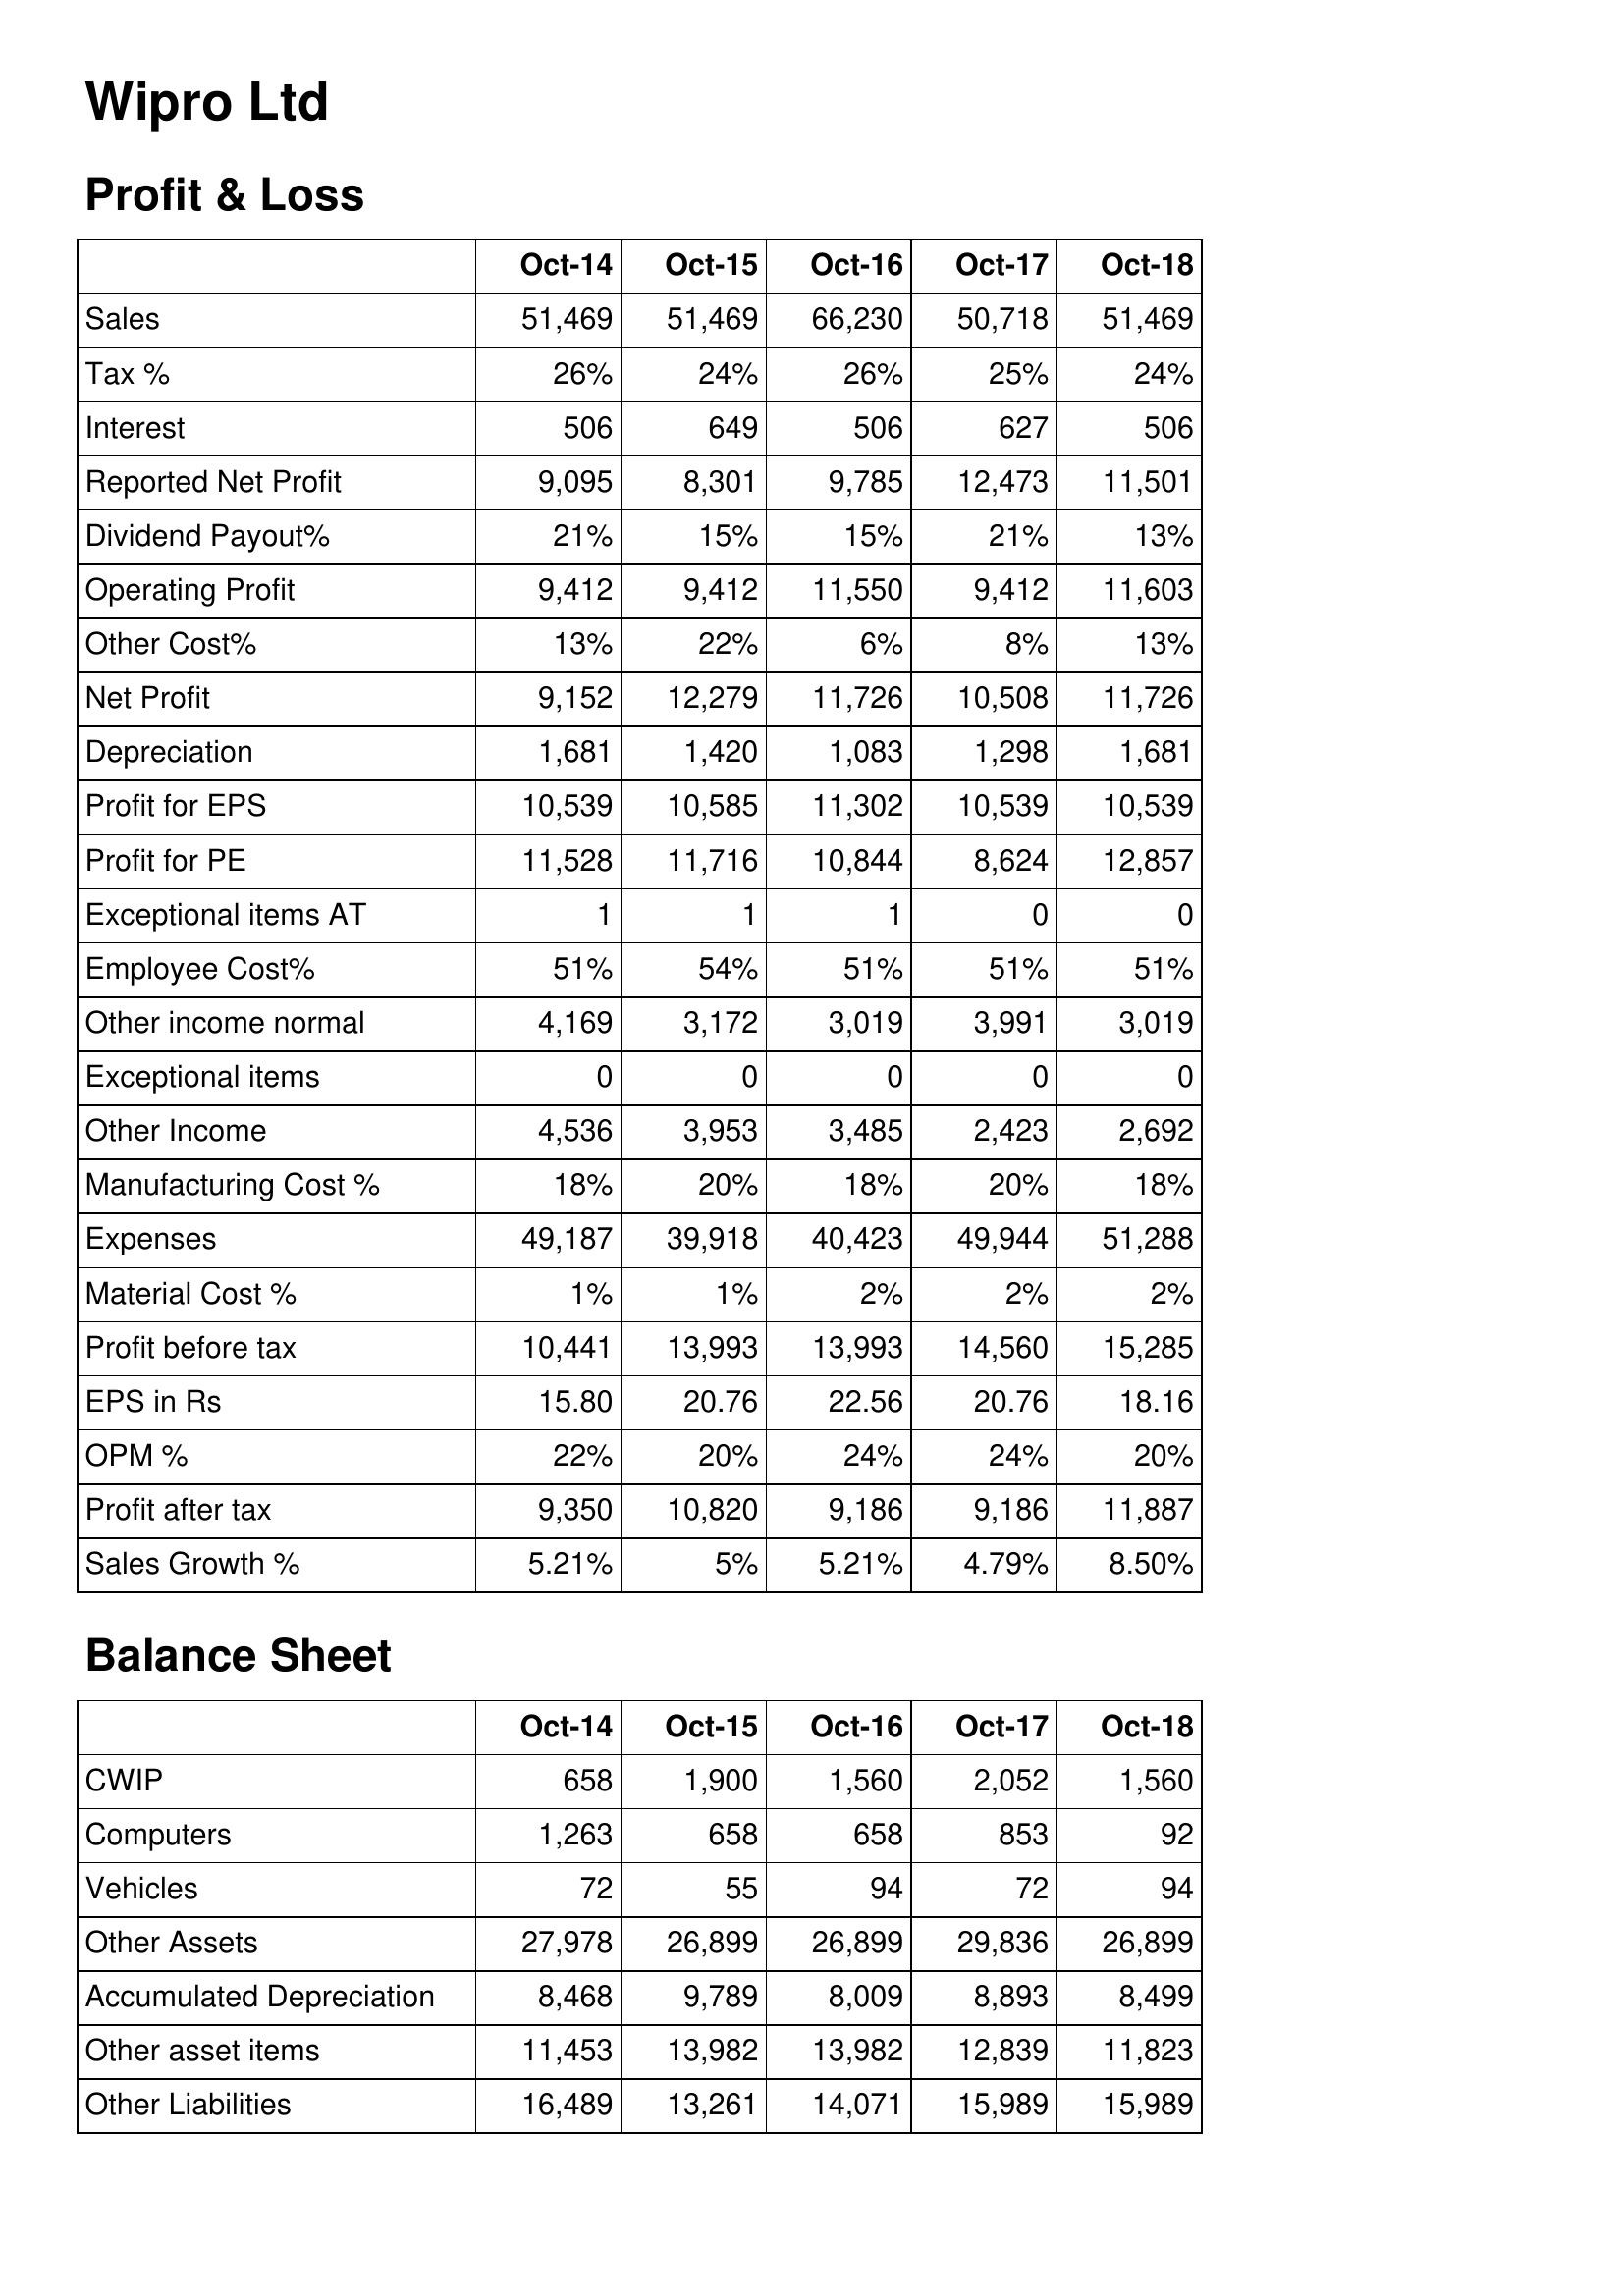
Oct-14: Profit & Loss: Sales: 51,469
Tax %: 26%
Interest: 506
Reported Net Profit: 9,095
Dividend Payout%: 21%
Operating Profit: 9,412
Other Cost%: 13%
Net Profit: 9,152
Depreciation: 1,681
Profit for EPS: 10,539
Profit for PE: 11,528
Exceptional items AT: 1
Employee Cost%: 51%
Other income normal: 4,169
Exceptional items: 0
Other Income: 4,536
Manufacturing Cost %: 18%
Expenses: 49,187
Material Cost %: 1%
Profit before tax: 10,441
EPS in Rs: 15.80
OPM %: 22%
Profit after tax: 9,350
Sales Growth %: 5.21%
Balance Sheet: CWIP: 658
Computers: 1,263
Vehicles: 72
Other Assets: 27,978
Accumulated Depreciation: 8,468
Other asset items: 11,453
Other Liabilities: 16,489
Oct-15: Profit & Loss: Sales: 51,469
Tax %: 24%
Interest: 649
Reported Net Profit: 8,301
Dividend Payout%: 15%
Operating Profit: 9,412
Other Cost%: 22%
Net Profit: 12,279
Depreciation: 1,420
Profit for EPS: 10,585
Profit for PE: 11,716
Exceptional items AT: 1
Employee Cost%: 54%
Other income normal: 3,172
Exceptional items: 0
Other Income: 3,953
Manufacturing Cost %: 20%
Expenses: 39,918
Material Cost %: 1%
Profit before tax: 13,993
EPS in Rs: 20.76
OPM %: 20%
Profit after tax: 10,820
Sales Growth %: 5%
Balance Sheet: CWIP: 1,900
Computers: 658
Vehicles: 55
Other Assets: 26,899
Accumulated Depreciation: 9,789
Other asset items: 13,982
Other Liabilities: 13,261
Oct-16: Profit & Loss: Sales: 66,230
Tax %: 26%
Interest: 506
Reported Net Profit: 9,785
Dividend Payout%: 15%
Operating Profit: 11,550
Other Cost%: 6%
Net Profit: 11,726
Depreciation: 1,083
Profit for EPS: 11,302
Profit for PE: 10,844
Exceptional items AT: 1
Employee Cost%: 51%
Other income normal: 3,019
Exceptional items: 0
Other Income: 3,485
Manufacturing Cost %: 18%
Expenses: 40,423
Material Cost %: 2%
Profit before tax: 13,993
EPS in Rs: 22.56
OPM %: 24%
Profit after tax: 9,186
Sales Growth %: 5.21%
Balance Sheet: CWIP: 1,560
Computers: 658
Vehicles: 94
Other Assets: 26,899
Accumulated Depreciation: 8,009
Other asset items: 13,982
Other Liabilities: 14,071
Oct-17: Profit & Loss: Sales: 50,718
Tax %: 25%
Interest: 627
Reported Net Profit: 12,473
Dividend Payout%: 21%
Operating Profit: 9,412
Other Cost%: 8%
Net Profit: 10,508
Depreciation: 1,298
Profit for EPS: 10,539
Profit for PE: 8,624
Exceptional items AT: 0
Employee Cost%: 51%
Other income normal: 3,991
Exceptional items: 0
Other Income: 2,423
Manufacturing Cost %: 20%
Expenses: 49,944
Material Cost %: 2%
Profit before tax: 14,560
EPS in Rs: 20.76
OPM %: 24%
Profit after tax: 9,186
Sales Growth %: 4.79%
Balance Sheet: CWIP: 2,052
Computers: 853
Vehicles: 72
Other Assets: 29,836
Accumulated Depreciation: 8,893
Other asset items: 12,839
Other Liabilities: 15,989
Oct-18: Profit & Loss: Sales: 51,469
Tax %: 24%
Interest: 506
Reported Net Profit: 11,501
Dividend Payout%: 13%
Operating Profit: 11,603
Other Cost%: 13%
Net Profit: 11,726
Depreciation: 1,681
Profit for EPS: 10,539
Profit for PE: 12,857
Exceptional items AT: 0
Employee Cost%: 51%
Other income normal: 3,019
Exceptional items: 0
Other Income: 2,692
Manufacturing Cost %: 18%
Expenses: 51,288
Material Cost %: 2%
Profit before tax: 15,285
EPS in Rs: 18.16
OPM %: 20%
Profit after tax: 11,887
Sales Growth %: 8.50%
Balance Sheet: CWIP: 1,560
Computers: 92
Vehicles: 94
Other Assets: 26,899
Accumulated Depreciation: 8,499
Other asset items: 11,823
Other Liabilities: 15,989